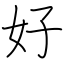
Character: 好